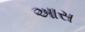
આસ